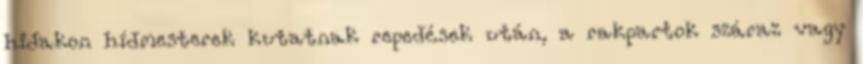
hidakon hídmesterek kutatnak repedések után, a rakpartok száraz vagy